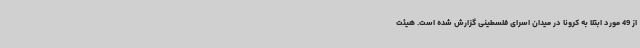
از 49 مورد ابتلا به کرونا در میدان اسرای فلسطینی گزارش شده است. هیئت